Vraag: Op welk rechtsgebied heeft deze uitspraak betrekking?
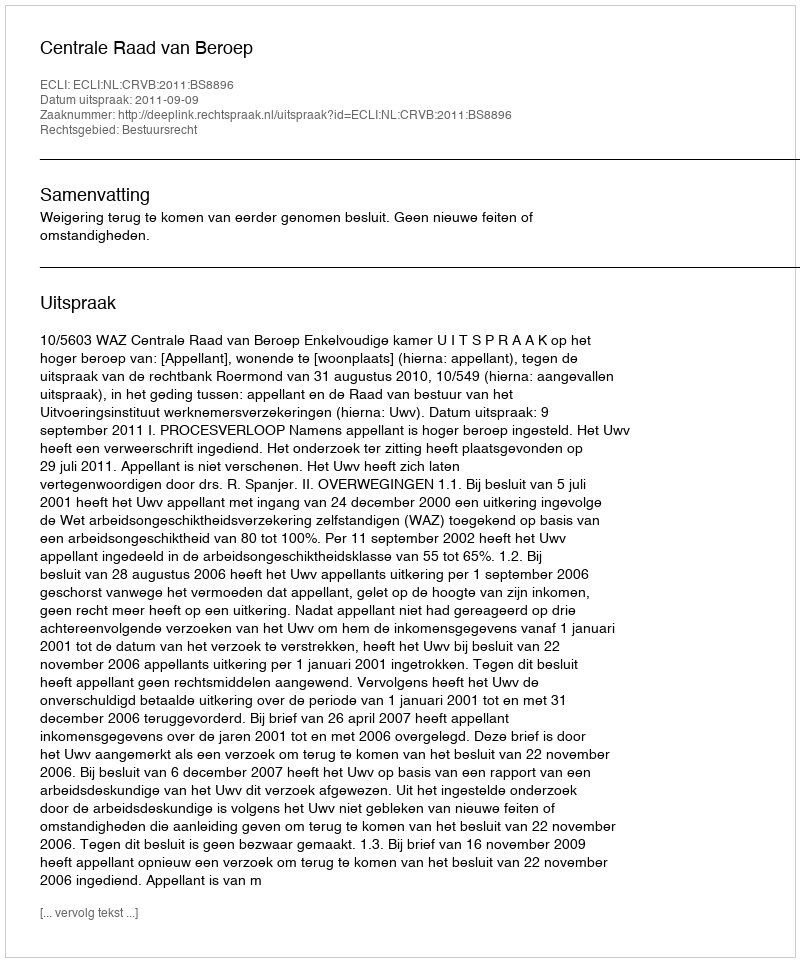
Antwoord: Bestuursrecht